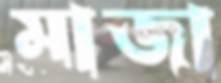
মাজা